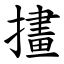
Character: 㩇